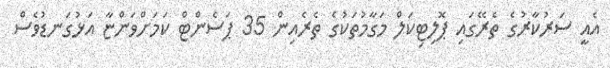
އެއީ ސަރުކާރުގެ ތެރޭގައި ޕޮލިޓިކަލް މަގާމުތަކުގެ ތެރެއިން 35 ޕަސެންޓް ކަމަށްވަންޏާ އަޅުގަނޑުވެސް